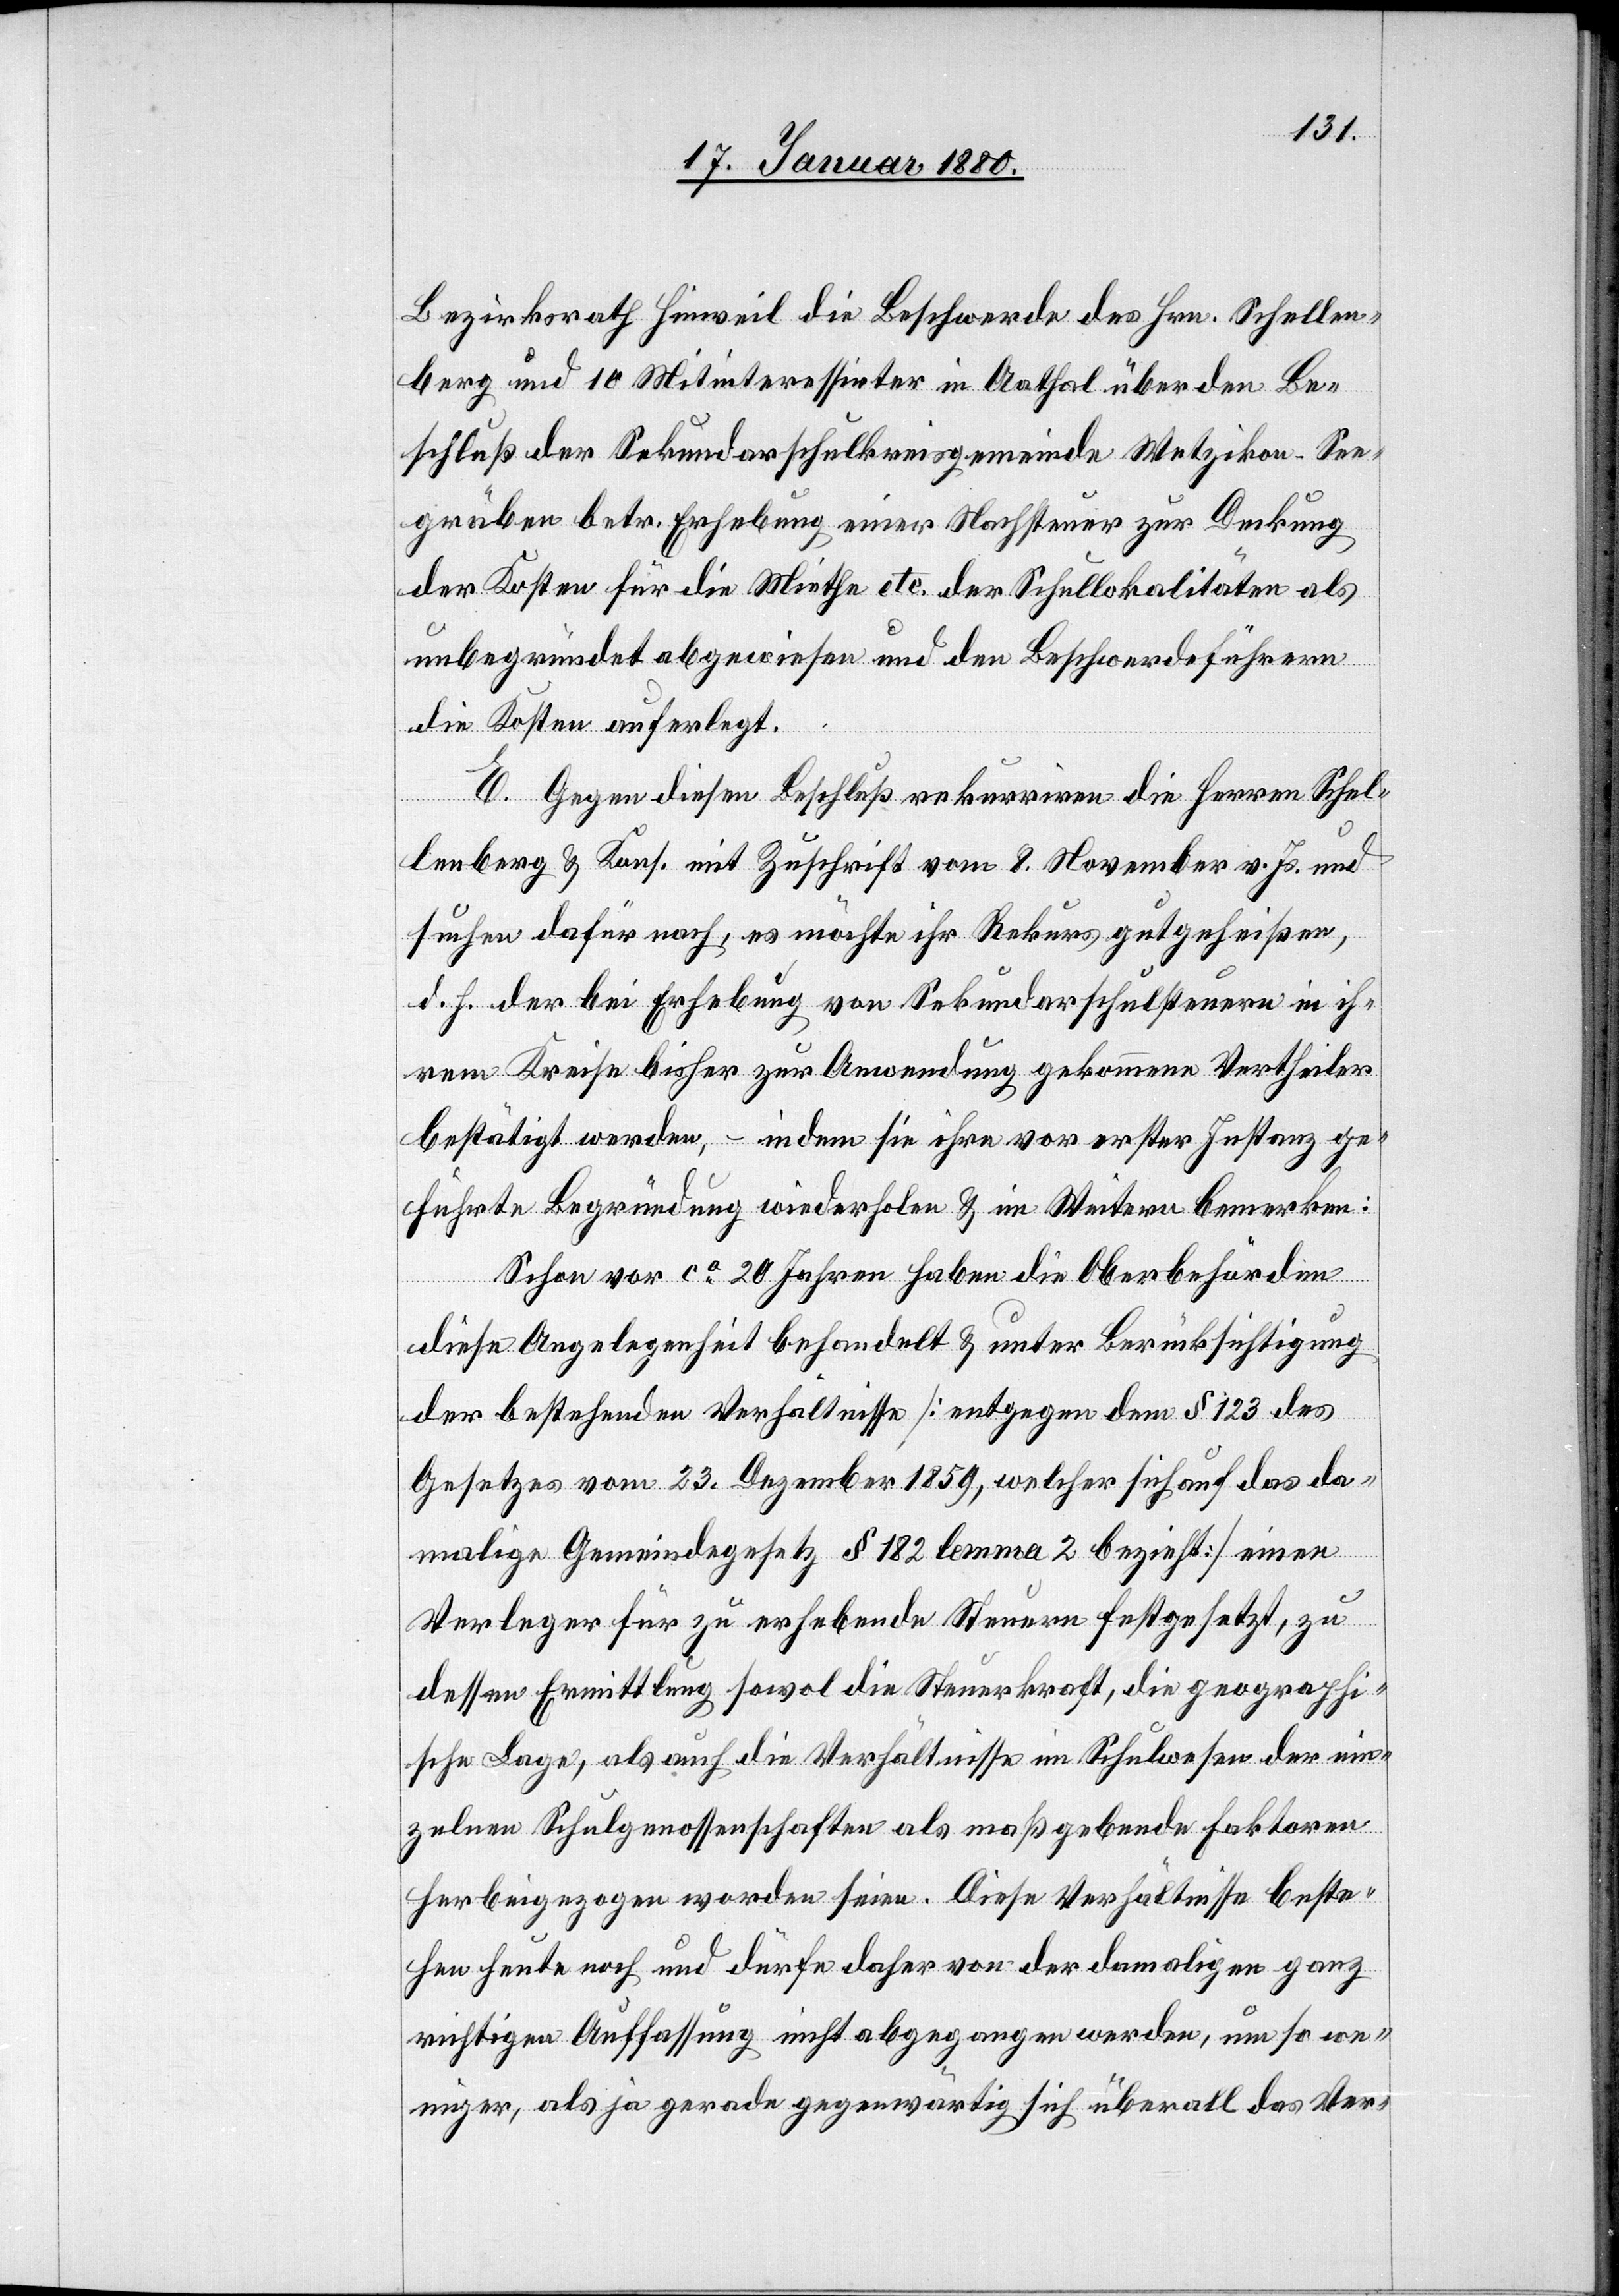
Bezirksrath Hinweil die Beschwerde des Hrn. Schellen¬
berg und 10 Mitinteressirter in Aathal über den Be¬
schluß der Sekundarschulkreisgemeinde Wetzikon - See¬
gräben betr. Erhebung einer Nachsteuer zur Deckung
der Kosten für die Miethe etc. der Schullokalitäten als
unbegründet abgewiesen und den Beschwerdeführern
die Kosten auferlegt.
E. Gegen diesen Beschluß rekurriren die Herren Schel¬
lenberg & Kons. mit Zuschrift vom 8. November v. Js. und
suchen dafür nach, es möchte ihr Rekurs gutgeheißen,
d. h. der bei Erhebung von Sekundarschulsteuern in ih¬
rem Kreise bisher zur Anwendung gekommene Vertheiler
bestätigt werden, – indem sie ihre vor erster Instanz ge¬
führte Begründung wiederholen & im Weitern bemerken:
Schon vor ca 20 Jahren haben die Oberbehörden
diese Angelegenheit behandelt & unter Berücksichtigung
der bestehenden Verhältnisse [entgegen dem § 123 des
Gesetzes vom 23. Dezember 1859, welcher sich auf das da¬
malige Gemeindegesetze § 182 lemma 2 bezieht] einen
Verleger für zu erhebende Steuern festgesetzt, zu
dessen Ermittlung sowol die Steuerkraft, die geographi¬
sche Lage, als auch die Verhältnisse im Schulwesen der ein¬
zelnen Schulgenossenschaften als maßgebende Faktoren
herbeigezogen worden seien. Diese Verhältnisse beste¬
hen heute noch und dürfe daher von der damaligen ganz
richtigen Auffassung nicht abgegangen werden, um so we¬
niger, als ja gerade gegenwärtig sich überall das Ver-